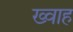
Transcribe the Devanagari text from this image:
ख्वाह